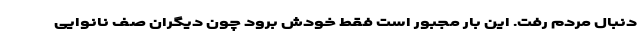
دنبال مردم رفت. این بار مجبور است فقط خودش برود چون دیگران صف نانوایی